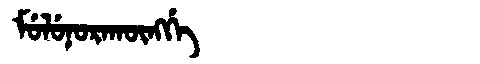
Manchu: ᠮᡠᠯᡠᠨᠣᡵᠠᡴᡡᠩᡤᡝ
Romanization: MULUNORAKŪNGGE